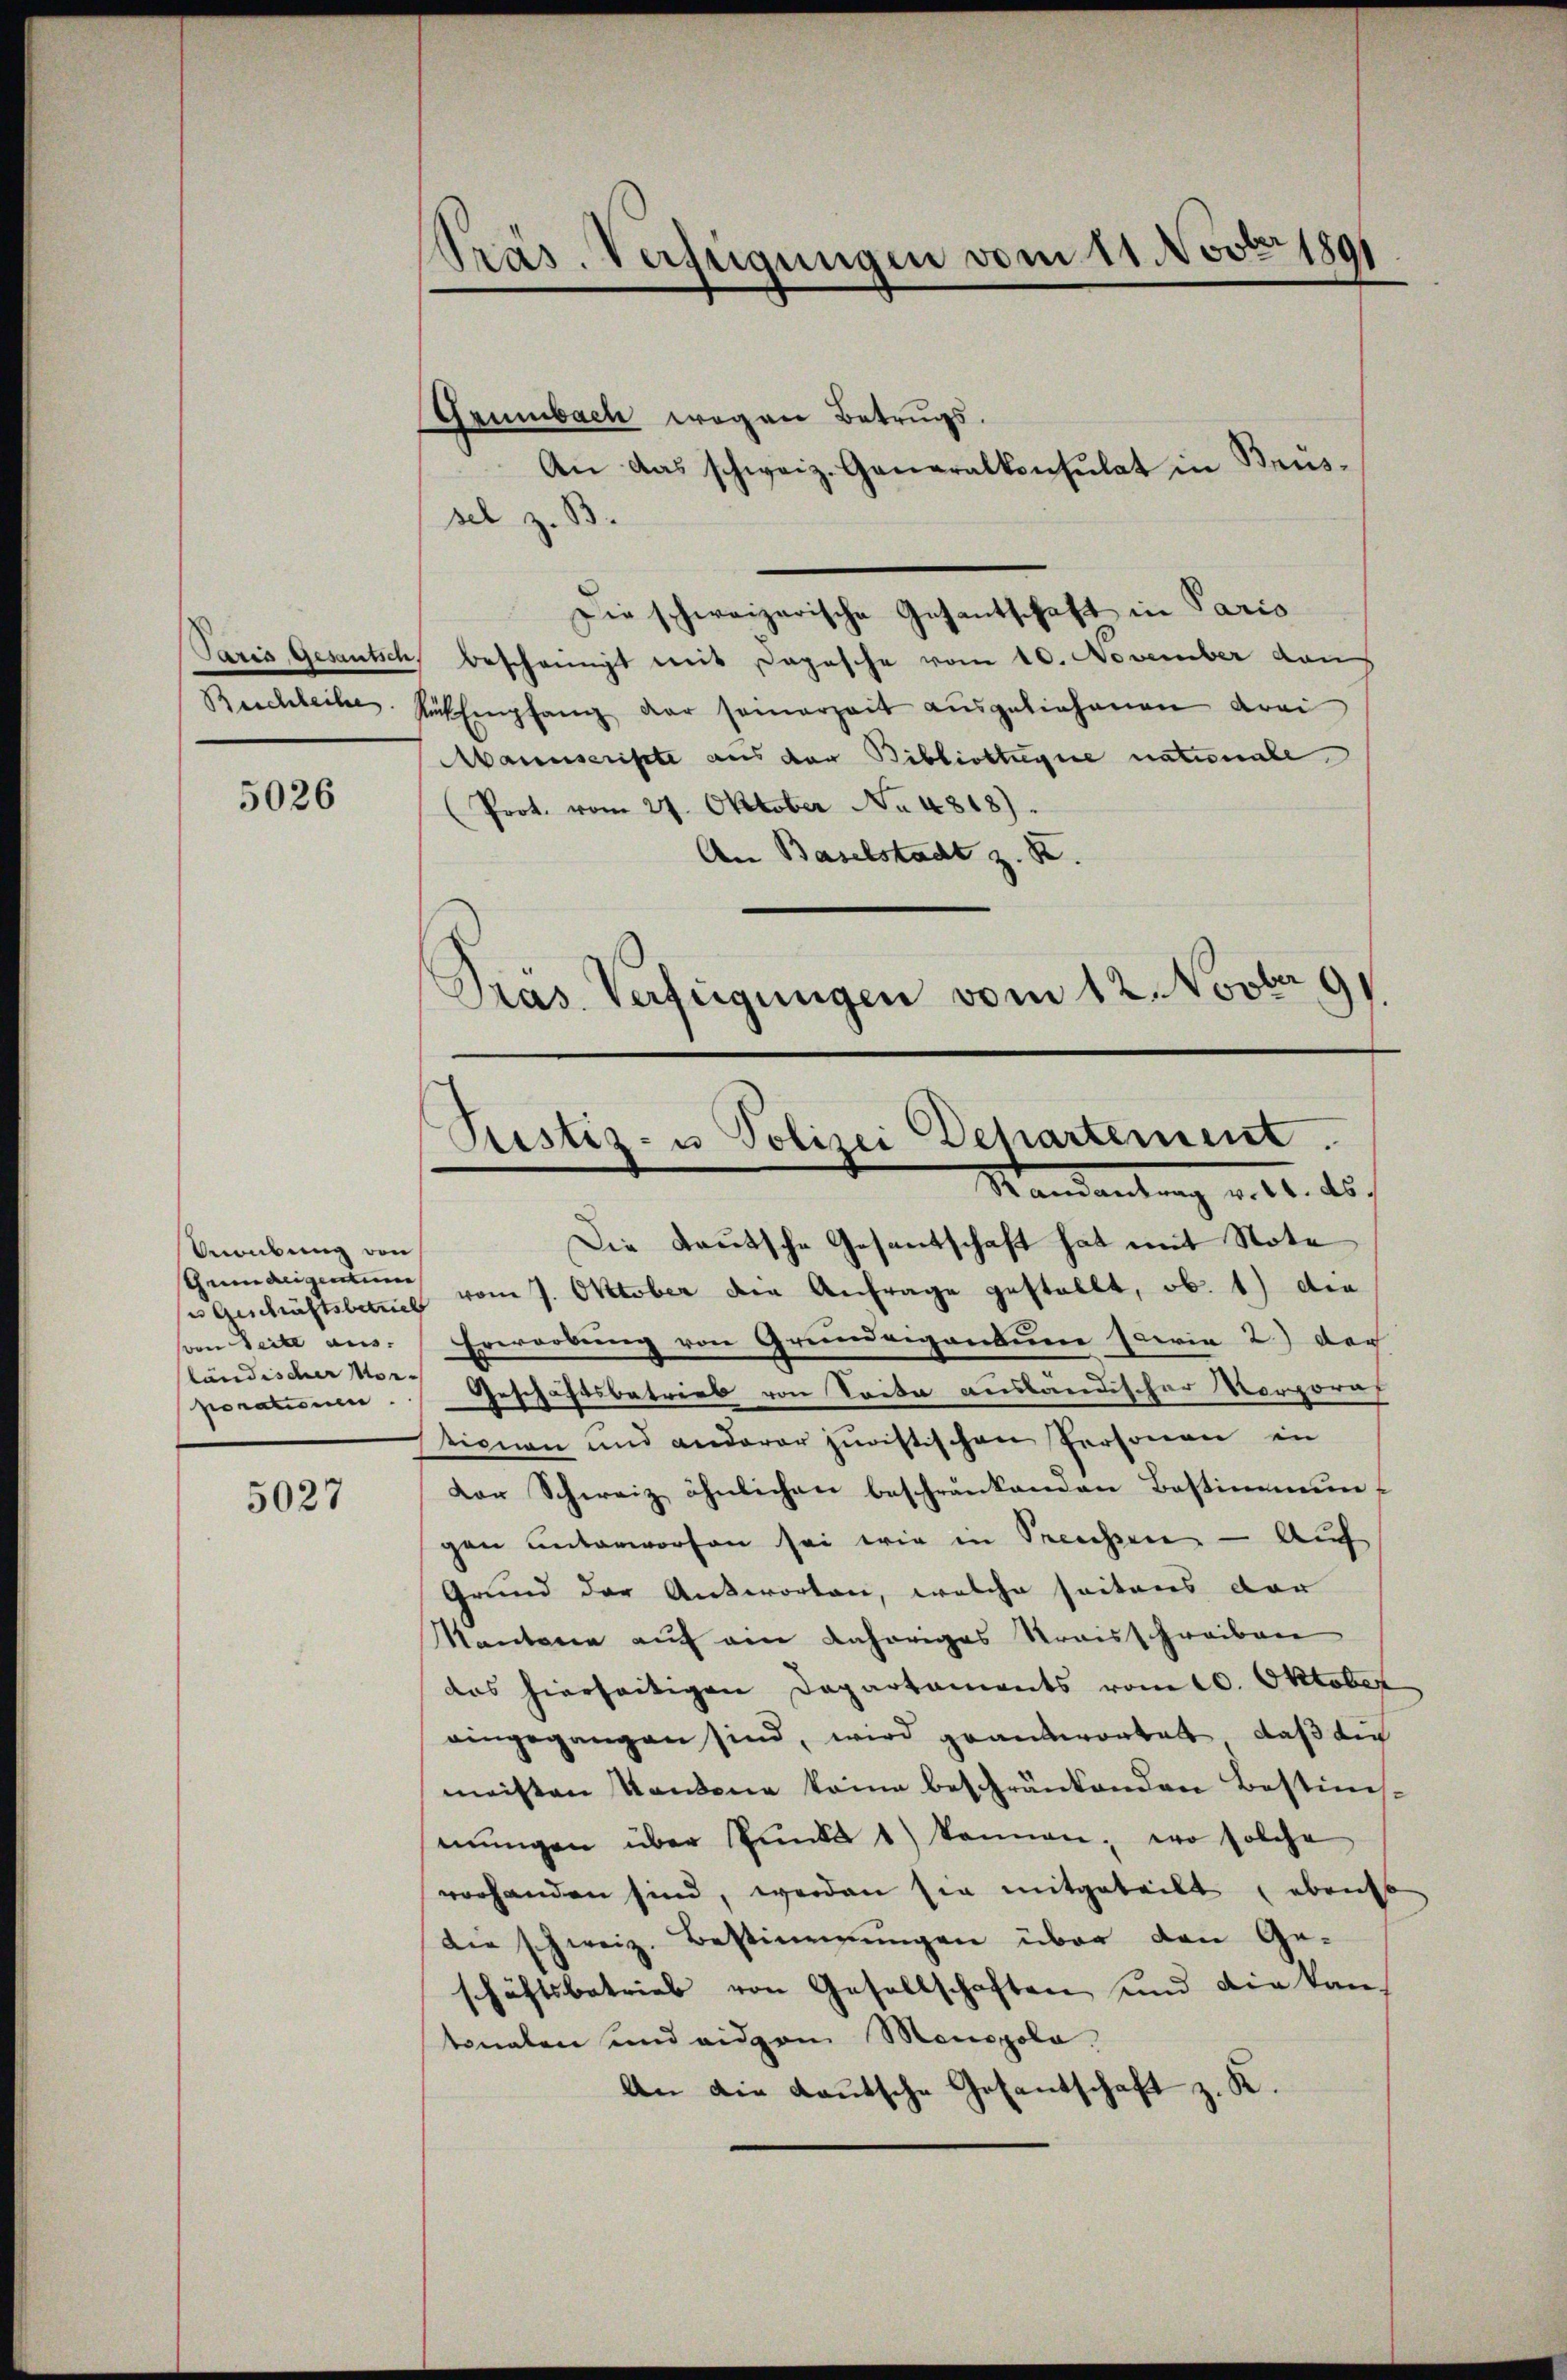
Reichleihe

5026

Unrübung von
sheimaligenten
von Seite aus.
ländischer Nor-
porationen.

5027

Präs. Verfügungen vom 11. Novbr 1891

Gammbach wegen Betrugs.
An das schweiz. Generalkonsulat in Brüs-
sel z. B.
Die schweizerische Gesantschaft in Paris
Pazis Gesantisch, bescheinigt mit Depesche vom 10. November dan
Rüch Empfang der seinerzeit aŭsgeliehenen drei
Manuscripte aus der Bibliottagne nationale
(Prot. vom 27. Oktober No 4818).
An Baselstadt z. B.
Präs. Verfügungen vom 12. Novbr 91.

Die Teutsche Gesantschaft hat mit Note
ses Geschäftsbeans vom 7. Oktober die Anfrage gestellt, ob. 1) die
Erwarbung von Grundeigandum sowie 2.) der
Geschäftsbetrieb von Seite auslandischer Vorpora
tionen und anderer juristischen Personen in
Dor Schweiz ähnlichen beschränkenden Bestimmun-
gen unterworfen sei wir in Speichen — Auf
Grund der Antworten, welche seitens der
Kantone auf ein gehöriges Straisschreiben
das hierseitigen Departaments vom 10. Oktober
eingegangen sind, wird geantwortet, daß die
meisten Kantone keine beschränkenden Bestimmŭngen über Punkt 1) kennen, wo solche
vorhanden sind, werden sie mitgeteilt ebenso
die schweiz. Bestimmungen über den Ge-
schäftsbetrieb von Gesellschaften und die kan-
tonalen und eidgen Monopolo.
An die Kautsche Gesandtschaft z. K.

Justiz- u Polizei Dehartement.
Mandantrag v. 16. ds.